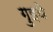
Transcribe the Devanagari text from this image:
गुइथे